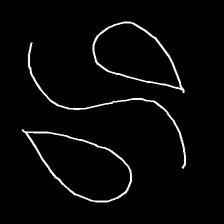
Glyph: water